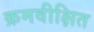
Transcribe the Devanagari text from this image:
क्रमवीक्षित